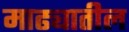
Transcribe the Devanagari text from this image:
माढ्यातील